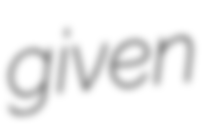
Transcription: given